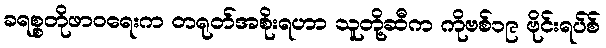
ခရစ္စတိုဖာဝရေးက တရုတ်အစိုးရဟာ သူတို့ဆီက ကိုဗစ်၁၉ ဗိုင်းရပ်စ်